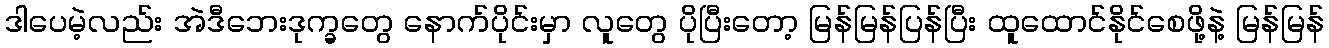
ဒါပေမဲ့လည်း အဲဒီဘေးဒုက္ခတွေ နောက်ပိုင်းမှာ လူတွေ ပိုပြီးတော့ မြန်မြန်ပြန်ပြီး ထူထောင်နိုင်စေဖို့နဲ့ မြန်မြန်